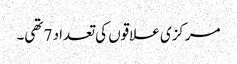
مرکزی علاقوں کی تعداد 7 تھی۔